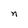
Character: n